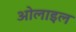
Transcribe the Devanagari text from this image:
ओलाइल